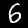
Digit: 6